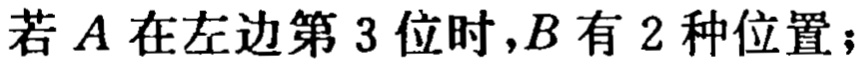
若 \(A\) 在左边第 \(3\) 位时，\(B\) 有 \(2\) 种位置；